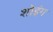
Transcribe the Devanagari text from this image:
शोइंग